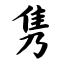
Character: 隽